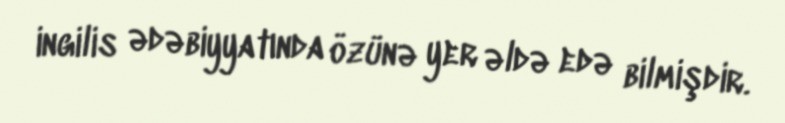
ingilis ədəbiyyatında özünə yer əldə edə bilmişdir.